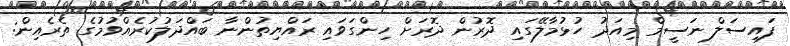
ފައިސަލް ނަސީމް މިއަދު ހުޅުމާލޭގައި ދޮރުން ދޮރަށް ހިންގަވައި ރައްޔިތުންނާ ބައްދަލުކުރެއްވުމުގެ ތެރެއިން: